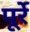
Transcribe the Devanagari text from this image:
पूर्रे